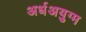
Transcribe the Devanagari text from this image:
अर्धअयुग्म